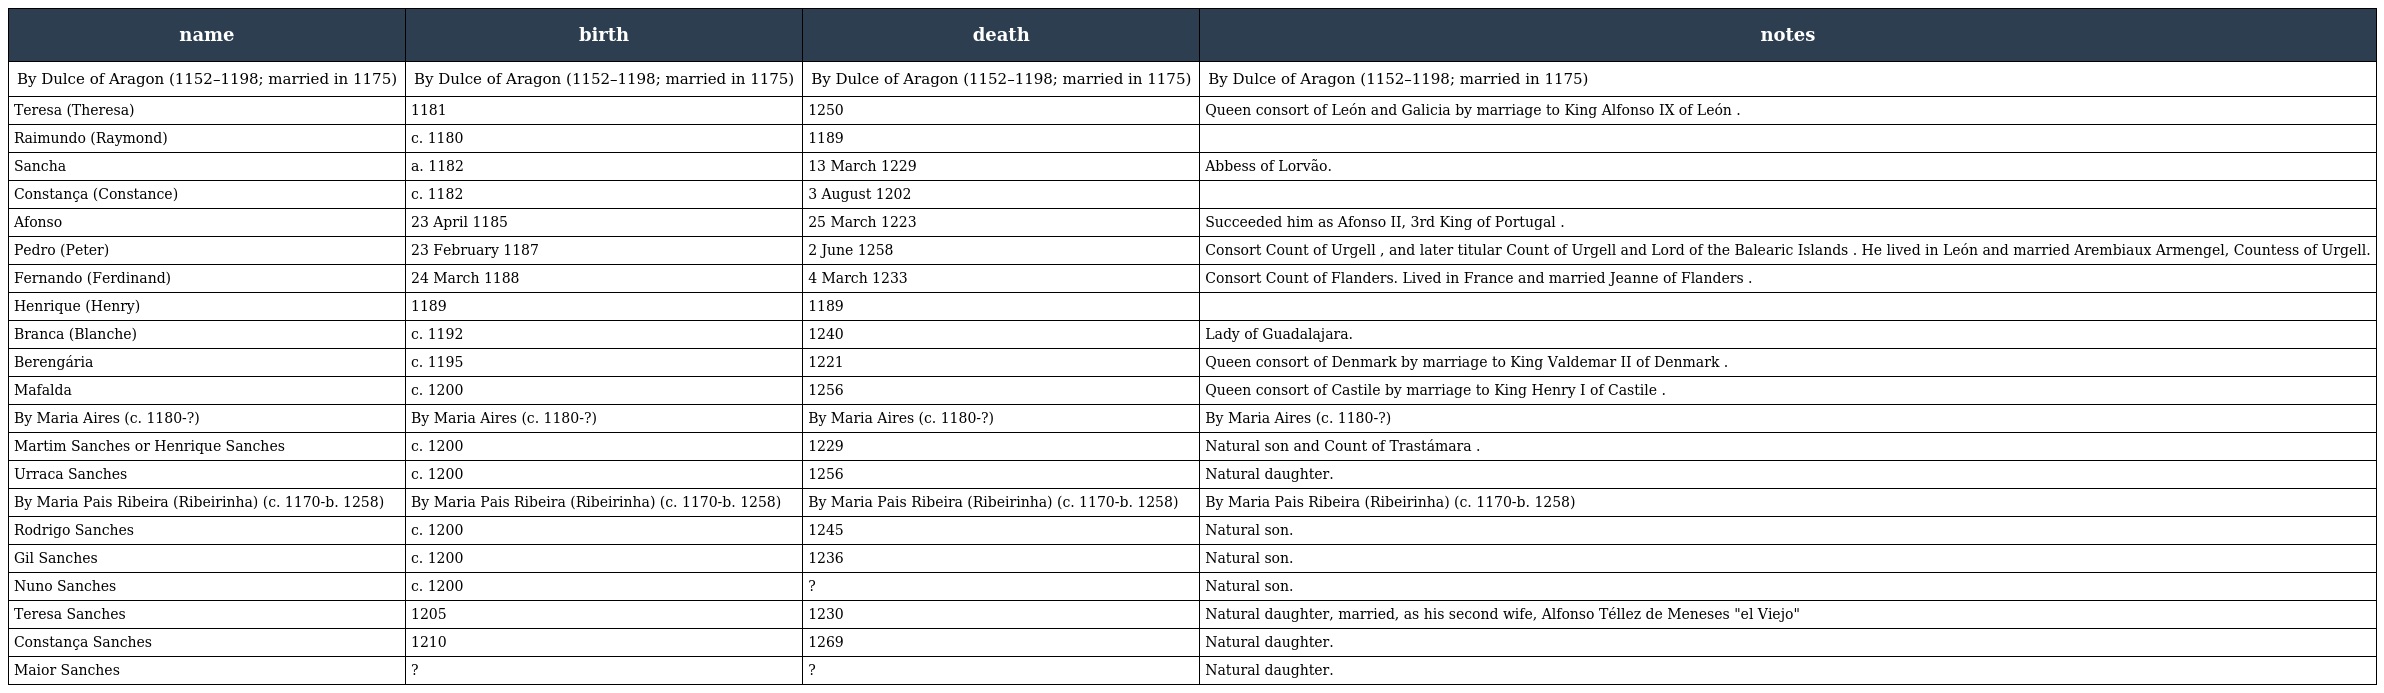
| name | birth | death | notes |
 | --- | --- | --- | --- |
 | By Dulce of Aragon (1152–1198; married in 1175) | By Dulce of Aragon (1152–1198; married in 1175) | By Dulce of Aragon (1152–1198; married in 1175) | By Dulce of Aragon (1152–1198; married in 1175) |
 | Teresa (Theresa) | 1181 | 1250 | Queen consort of León and Galicia by marriage to King Alfonso IX of León . |
 | Raimundo (Raymond) | c. 1180 | 1189 |  |
 | Sancha | a. 1182 | 13 March 1229 | Abbess of Lorvão. |
 | Constança (Constance) | c. 1182 | 3 August 1202 |  |
 | Afonso | 23 April 1185 | 25 March 1223 | Succeeded him as Afonso II, 3rd King of Portugal . |
 | Pedro (Peter) | 23 February 1187 | 2 June 1258 | Consort Count of Urgell , and later titular Count of Urgell and Lord of the Balearic Islands . He lived in León and married Arembiaux Armengel, Countess of Urgell. |
 | Fernando (Ferdinand) | 24 March 1188 | 4 March 1233 | Consort Count of Flanders. Lived in France and married Jeanne of Flanders . |
 | Henrique (Henry) | 1189 | 1189 |  |
 | Branca (Blanche) | c. 1192 | 1240 | Lady of Guadalajara. |
 | Berengária | c. 1195 | 1221 | Queen consort of Denmark by marriage to King Valdemar II of Denmark . |
 | Mafalda | c. 1200 | 1256 | Queen consort of Castile by marriage to King Henry I of Castile . |
 | By Maria Aires (c. 1180-?) | By Maria Aires (c. 1180-?) | By Maria Aires (c. 1180-?) | By Maria Aires (c. 1180-?) |
 | Martim Sanches or Henrique Sanches | c. 1200 | 1229 | Natural son and Count of Trastámara . |
 | Urraca Sanches | c. 1200 | 1256 | Natural daughter. |
 | By Maria Pais Ribeira (Ribeirinha) (c. 1170-b. 1258) | By Maria Pais Ribeira (Ribeirinha) (c. 1170-b. 1258) | By Maria Pais Ribeira (Ribeirinha) (c. 1170-b. 1258) | By Maria Pais Ribeira (Ribeirinha) (c. 1170-b. 1258) |
 | Rodrigo Sanches | c. 1200 | 1245 | Natural son. |
 | Gil Sanches | c. 1200 | 1236 | Natural son. |
 | Nuno Sanches | c. 1200 | ? | Natural son. |
 | Teresa Sanches | 1205 | 1230 | Natural daughter, married, as his second wife, Alfonso Téllez de Meneses "el Viejo" |
 | Constança Sanches | 1210 | 1269 | Natural daughter. |
 | Maior Sanches | ? | ? | Natural daughter. |